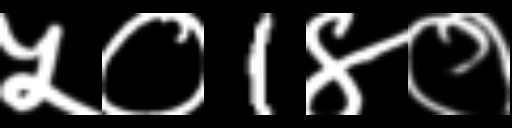
Text: ५०1४०